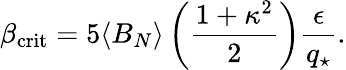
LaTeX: \beta_{\mathrm{crit}}=5\langle B_{N}\rangle\left({\frac{1+\kappa^{2}}{2}}\right){\frac{\epsilon}{q_{\star}}}.